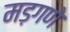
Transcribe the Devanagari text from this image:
मड़गणे